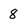
Character: 8